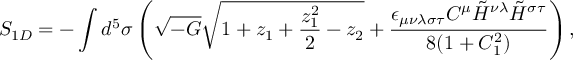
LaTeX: S _ { 1 D } = - \int d ^ { 5 } \sigma \left( \sqrt { - G } \sqrt { 1 + z _ { 1 } + \frac { z _ { 1 } ^ { 2 } } { 2 } - z _ { 2 } } + \frac { \epsilon _ { \mu \nu \lambda \sigma \tau } C ^ { \mu } \tilde { \cal H } ^ { \nu \lambda } \tilde { \cal H } ^ { \sigma \tau } } { 8 ( 1 + C _ { 1 } ^ { 2 } ) } \right) ,